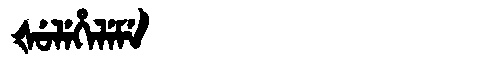
Manchu: ᡧᡠᠯᡝᡥᡝᠯᡝᠮᡝ
Romanization: ŠULEHELEME